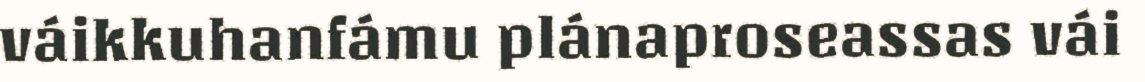
váikkuhanfámu plánaproseassas vái